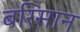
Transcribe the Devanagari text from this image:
बरिसान